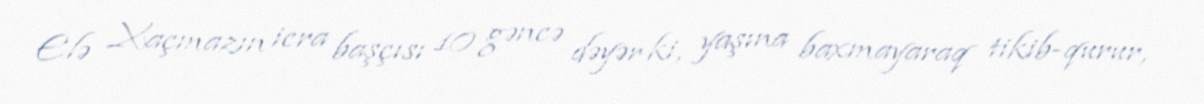
Elə Xaçmazın icra başçısı 10 gəncə dəyər ki, yaşına baxmayaraq tikib-qurur,